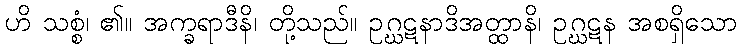
ဟိ သစ္စံ၊ ၏။ အက္ခရာဒီနိ၊ တို့သည်။ ဥဂ္ဃဋနာဒိအတ္ထာနိ၊ ဥဂ္ဃဋန အစရှိသော